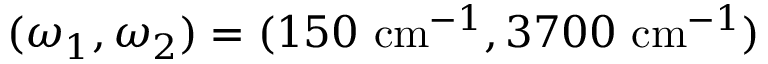
( \omega _ { 1 } , \omega _ { 2 } ) = ( 1 5 0 ~ \mathrm { c m } ^ { - 1 } , 3 7 0 0 ~ \mathrm { c m } ^ { - 1 } )